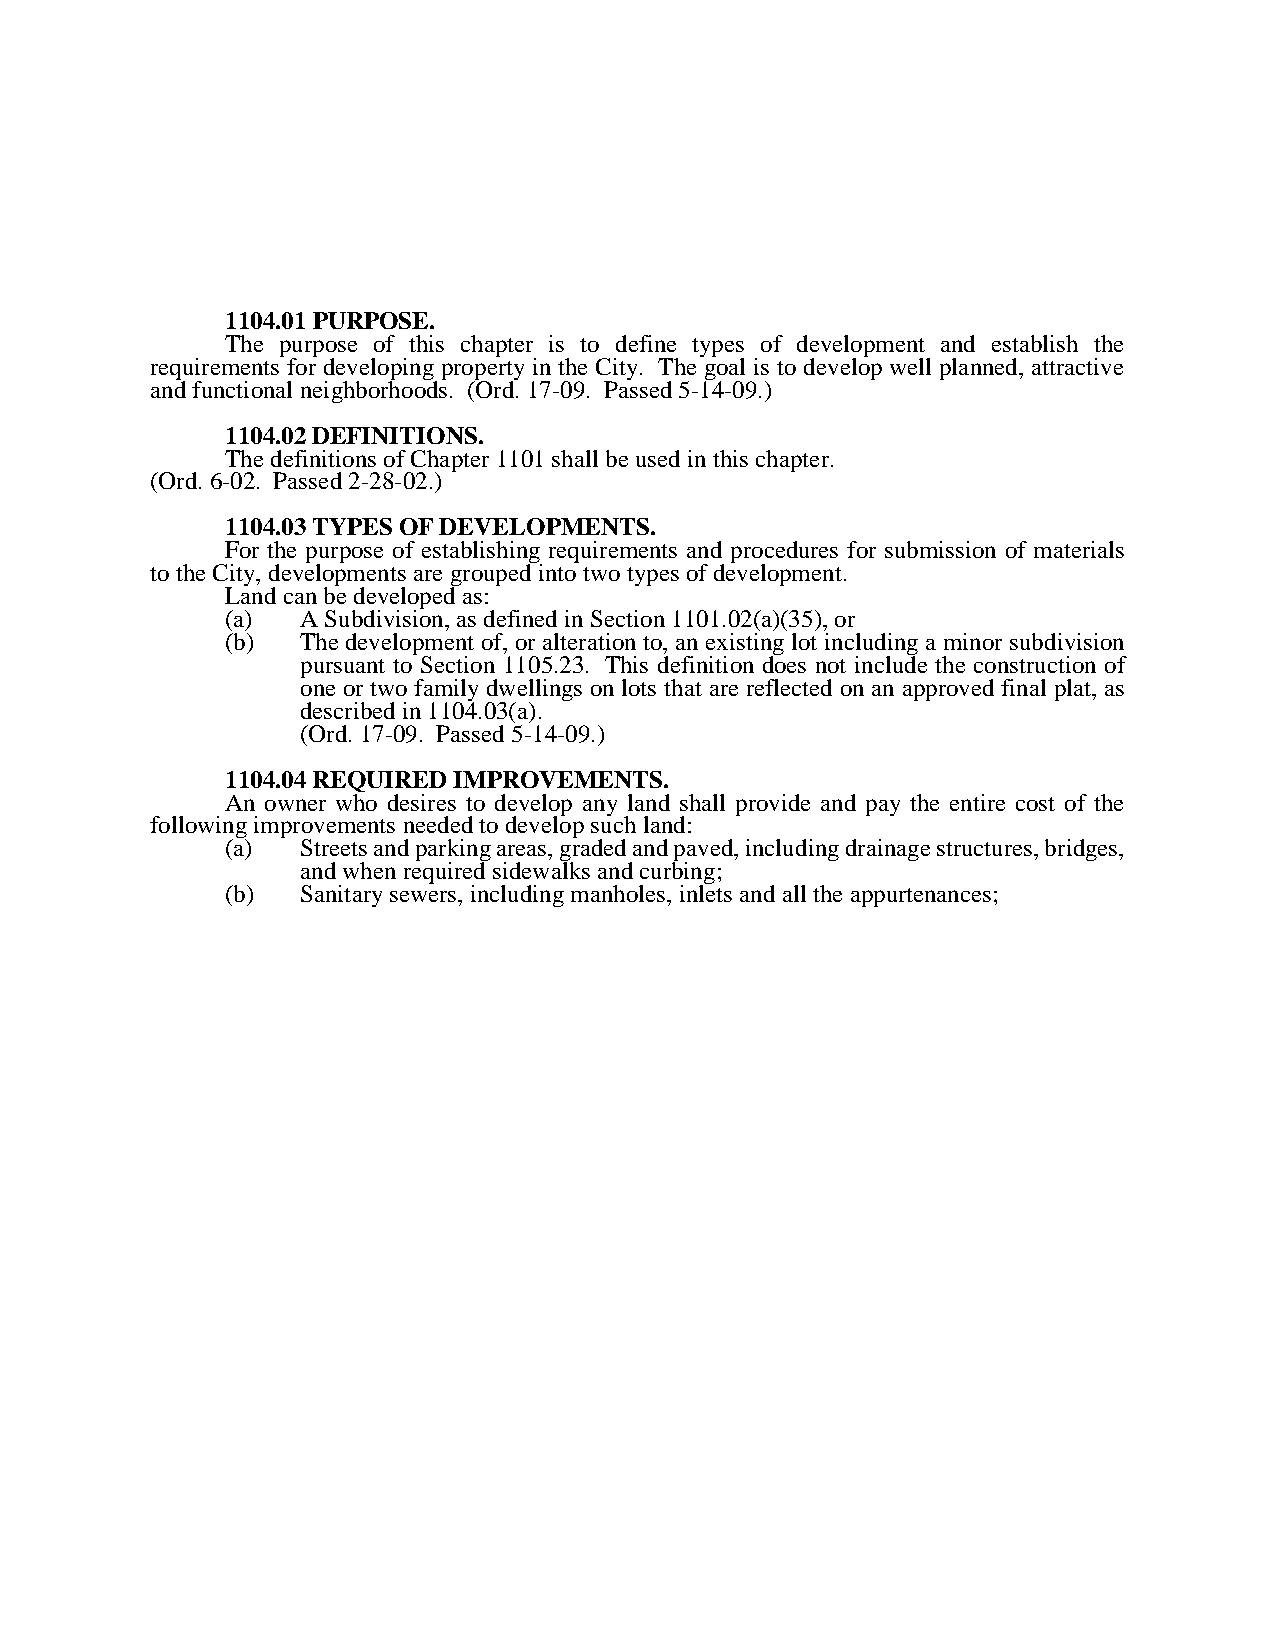
1104.01 PURPOSE.
 The purpose of this chapter is to define types of development and establish the
 requirements for developing property in the City. The goal is to develop well planned, attractive
 and functional neighborhoods. (Ord. 17-09. Passed 5-14-09.)
 1104.02 DEFINITIONS.
 The definitions of Chapter 1101 shall be used in this chapter.
 (Ord. 6-02. Passed 2-28-02.)
 1104.03 TYPES OF DEVELOPMENTS.
 For the purpose of establishing requirements and procedures for submission of materials
 to the City, developments are grouped into two types of development.
 Land can be developed as:
 (a)  A Subdivision, as defined in Section 1101.02(a)(35), or
 (b)  The development of, or alteration to, an existing lot including a minor subdivision
 pursuant to Section 1105.23. This definition does not include the construction of
 one or two family dwellings on lots that are reflected on an approved final plat, as
 described in 1104.03(a).
 (Ord. 17-09. Passed 5-14-09.)
 1104.04 REQUIRED IMPROVEMENTS.
 An owner who desires to develop any land shall provide and pay the entire cost of the
 following improvements needed to develop such land:
 (a)  Streets and parking areas, graded and paved, including drainage structures, bridges,
 and when required sidewalks and curbing;
 (b)  Sanitary sewers, including manholes, inlets and all the appurtenances;